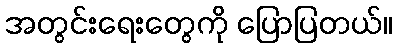
အတွင်းရေးတွေကို ပြောပြတယ်။